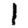
Digit: 1